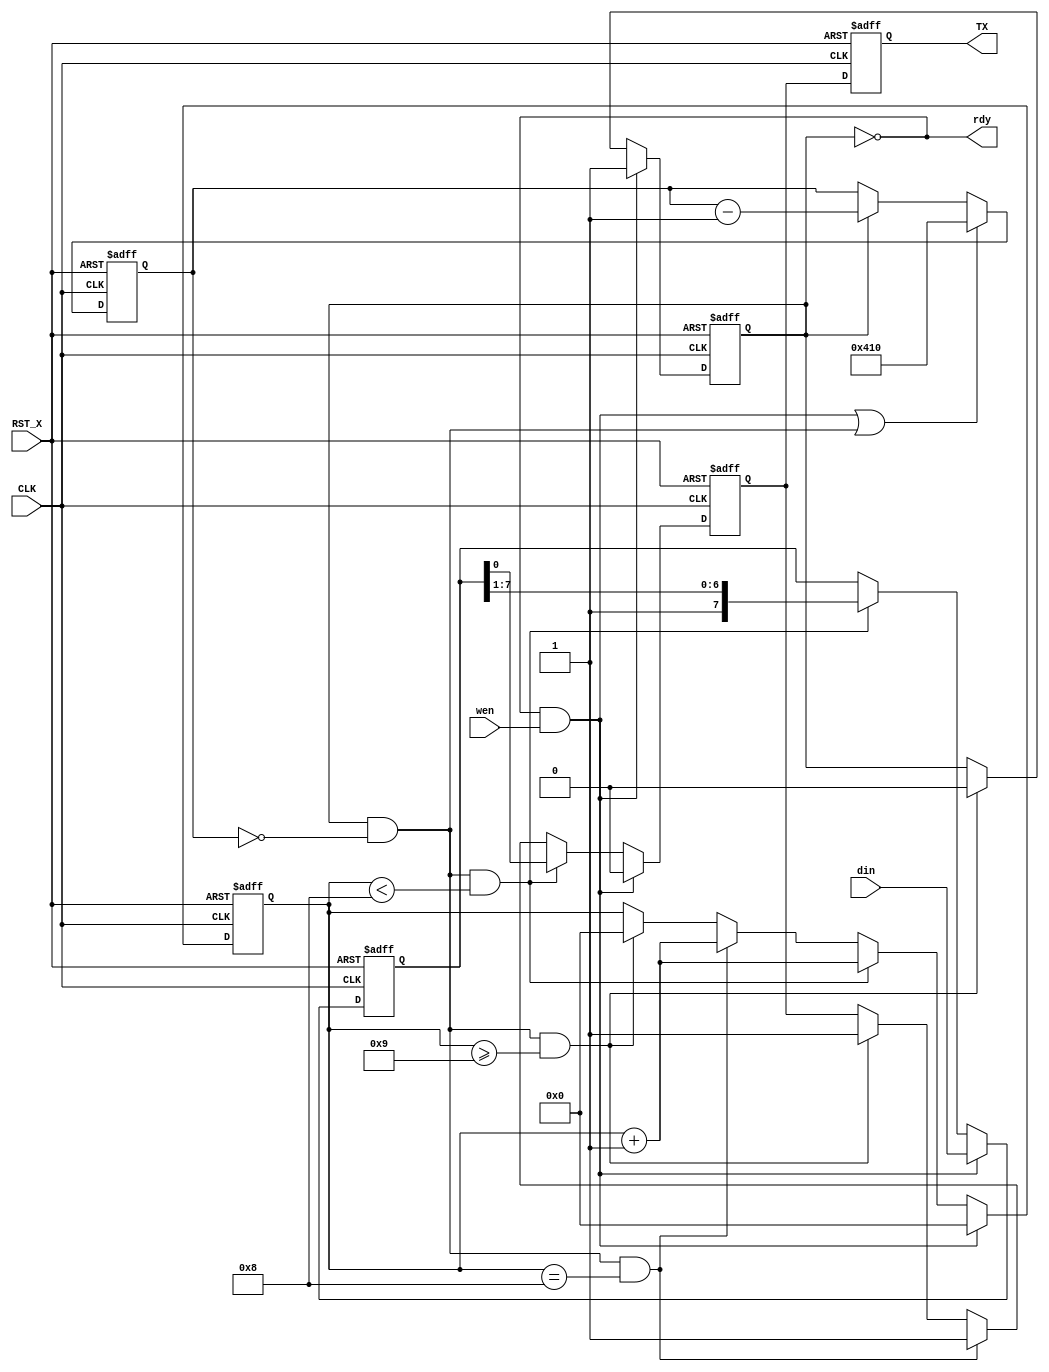
`default_nettype none

module TX_SEND
  #(parameter CLK_FREQ = 10,    // [MHz]
    parameter BAUDRATE = 9600,  // [bps]
    parameter SLOOP_MAX = CLK_FREQ * 1000 * 1000 / BAUDRATE,
    // ()

    parameter DW = 8
   )
  (input  wire CLK,
   input  wire RST_X,
   input  wire wen,
   input  wire [DW-1:0] din,
   output wire rdy,
   output wire TX
   );

  reg [DW-1:0] TXD;

  wire start;
  assign start = rdy & wen;

  reg TX_reg;
  reg [31:0] cnt; // ()
  reg [4:0] bcnt; // TXD
  reg [4:0] scnt; // TXD bcntTXD

  reg busy;
  assign rdy = ~busy;
  wire fin;

  wire samp = busy & (cnt == 0);
  always @(posedge CLK or negedge RST_X) begin
    if(~RST_X) begin
      busy <= 1'b1;
    end else if(start) begin
      busy <= 1'b1;
    end else if(fin) begin
      busy <= 1'b0;
    end
  end

  always @(posedge CLK or negedge RST_X) begin
    if(~RST_X) begin
      cnt <= 0;
    end else if(start | samp) begin
      cnt <= SLOOP_MAX - 1;
    end else if(busy) begin
      cnt <= cnt - 1;
    end
  end
  

  assign fin = samp & (scnt >= DW + 1);
  always @(posedge CLK or negedge RST_X) begin
    if(~RST_X) begin
      TX_reg <= 1'b1;
      //bcnt <= 0;
      TXD <= {DW{1'b1}};
      scnt <= 0;
    end else if(start) begin
      TX_reg <= 1'b0;
      TXD <= din;
      //bcnt <= 0;
      scnt <= 0;
    end else if(samp & (scnt < DW)) begin
      TX_reg <= TXD[0];
      TXD    <= {1'b1, TXD[DW-1:1]};
      //bcnt   <= bcnt + 1;
      scnt   <= scnt + 1;
    end else if(samp & (scnt == DW)) begin
      TX_reg <= 1'b1;
      //TXD <= {DW{1'b1}};
      //bcnt <= 0;
      scnt <= scnt + 1;
    end else if(samp & (scnt >= DW + 1)) begin // fin
      TX_reg <= 1'b1;
      //TXD <= {DW{1'b1}};
      //bcnt <= 0;
      scnt <= 0;
    end
  end
  
  reg TX_ff;
  always @(posedge CLK or negedge RST_X) begin
    if(~RST_X) begin
      TX_ff <=  1'b1;
    end else begin
      TX_ff <= TX_reg;
    end
  end
  assign TX = TX_ff;
  
endmodule
`default_nettype wire